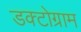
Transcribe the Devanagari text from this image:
डक्टोग्राम